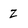
Character: z